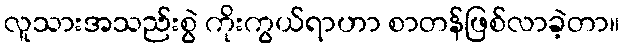
လူသားအသည်းစွဲ ကိုးကွယ်ရာဟာ စာတန်ဖြစ်လာခဲ့တာ။